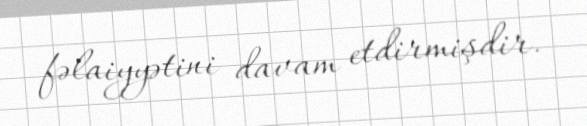
fəlaiyyətini davam etdirmişdir.